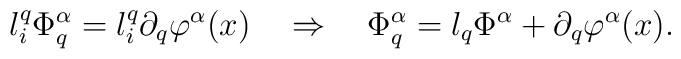
l^q_i\Phi^\alpha_{q}=l^q_i\partial_q\varphi^\alpha(x) ~~~\Rightarrow~~~\Phi^\alpha_{q}=l_q\Phi^\alpha+\partial_q\varphi^\alpha(x).